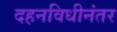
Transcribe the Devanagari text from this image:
दहनविधीनंतर